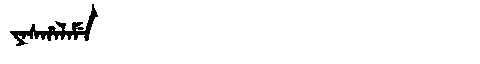
Manchu: ᠶᠠᠰᡥᠠᠯᠠᠮᡝ
Romanization: YASHALAME